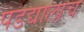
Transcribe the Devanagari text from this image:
पडद्यालाच